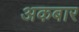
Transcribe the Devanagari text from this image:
अकबार